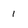
Character: I